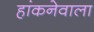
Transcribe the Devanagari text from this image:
हांकनेवाला